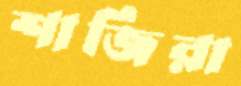
শাজিরা